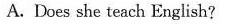
A. Does she teach English?